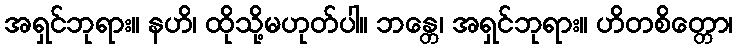
အရှင်ဘုရား။ နဟိ၊ ထိုသို့မဟုတ်ပါ။ ဘန္တေ၊ အရှင်ဘုရား။ ဟိတစိတ္တော၊